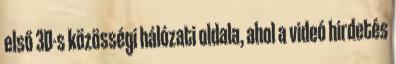
első 3D-s közösségi hálózati oldala, ahol a videó hirdetés